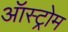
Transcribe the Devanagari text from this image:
ऑस्ट्रोम